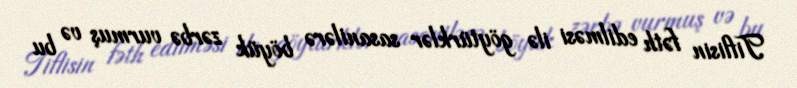
Tiflisin fəth edilməsi ilə göytürklər sasanilərə böyük zərbə vurmuş və bu